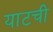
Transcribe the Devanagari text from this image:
याटची